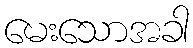
မေးသောအခါ